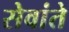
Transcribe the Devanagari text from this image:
सेवांते